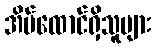
အိမ်ထောင်ရှိသူများ